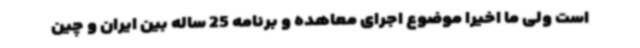
است ولی ما اخیرا موضوع اجرای معاهده و برنامه 25 ساله بین ایران و چین